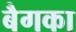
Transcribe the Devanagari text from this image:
बैगका